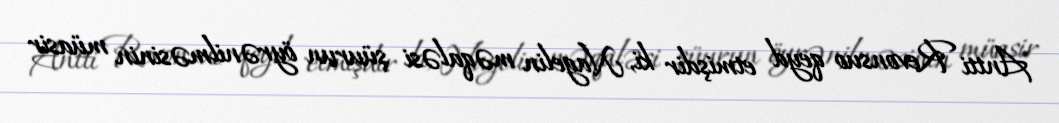
Antti Revonsuo qeyd etmişdir ki, Nagelin məqaləsi şüurun öyrənilməsinin müasir